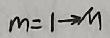
\(m = 1\to\mathfrak{y}\)